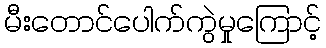
မီးတောင်ပေါက်ကွဲမှုကြောင့်